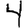
Digit: 4